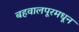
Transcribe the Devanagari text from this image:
बहवालपूरमधून